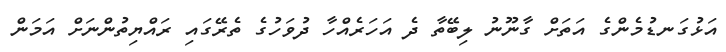
އަޅުގަނޑުމެންގެ އަތަށް ގާނޫނު ލިބޭތާ ދެ އަހަރެއްހާ ދުވަހުގެ ތެރޭގައި ރައްޔިތުންނަށް އަމަން